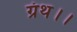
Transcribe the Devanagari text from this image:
ग्रंथ।।